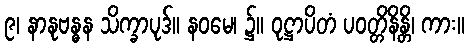
၉၊ နာနုဗန္ဓန သိက္ခာပုဒ်။ နဝမေ၊ ၌။ ဝုဋ္ဌာပိတံ ပဝတ္တိနိန္တိ၊ ကား။